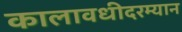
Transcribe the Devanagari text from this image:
कालावधीदरम्यान